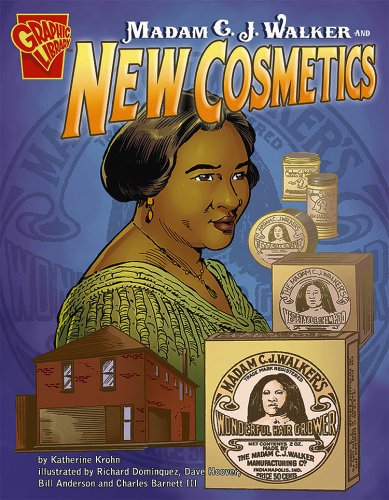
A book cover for Madam C. J. Walker and New Cosmetics (Inventions and Discovery); Katherine Krohn; Children's Books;